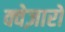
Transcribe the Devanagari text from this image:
क्वेज़ारों